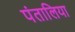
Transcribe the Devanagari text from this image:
पंतालिया